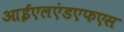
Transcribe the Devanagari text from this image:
आईएलएंडएफएस